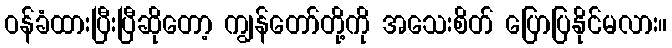
ဝန်ခံထားပြီးပြီဆိုတော့ ကျွန်တော်တို့ကို အသေးစိတ် ပြောပြနိုင်မလား။